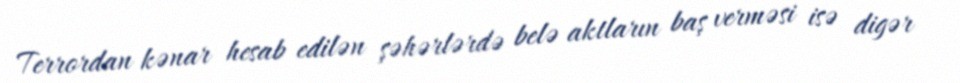
Terrordan kənar hesab edilən şəhərlərdə belə aktların baş verməsi isə digər